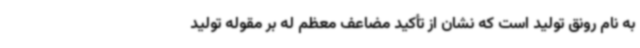
به نام رونق تولید است که نشان از تأکید مضاعف معظم له بر مقوله تولید